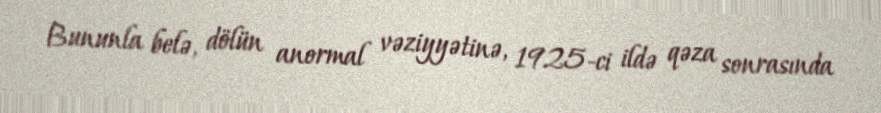
Bununla belə, dölün anormal vəziyyətinə, 1925-ci ildə qəza sonrasında